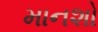
માનશો